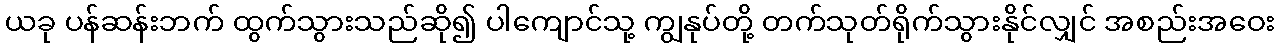
ယခု ပန်ဆန်းဘက် ထွက်သွားသည်ဆို၍ ပါကျောင်သု့ ကျွနုပ်တို့ တက်သုတ်ရိုက်သွားနိုင်လျှင် အစည်းအဝေး